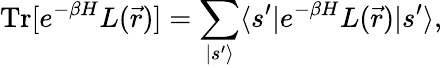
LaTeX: \mathrm{Tr}\lbrack e^{-\beta H}L(\vec{r})\rbrack=\sum_{|s^{\prime}\rangle}\langle s^{\prime}|e^{-\beta H}L(\vec{r})|s^{\prime}\rangle,